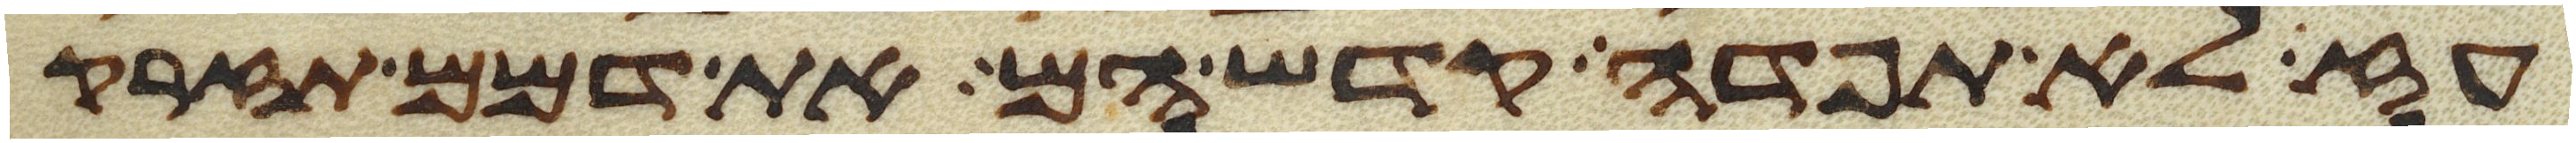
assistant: עז לא תפדה קדש הם את דמם תזרק